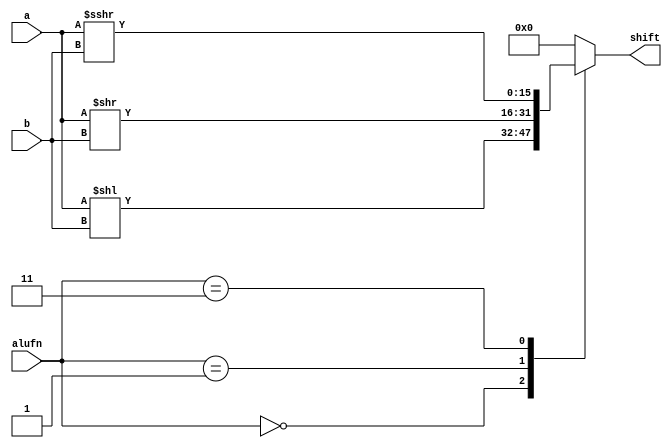
module shiftersixteen_8 (
    input [15:0] a,
    input [3:0] b,
    input [1:0] alufn,
    output reg [15:0] shift
  );
  
  
  
  always @* begin
    
    case (alufn)
      2'h0: begin
        shift = a << b;
      end
      2'h1: begin
        shift = a >> b;
      end
      2'h3: begin
        shift = $signed(a) >>> b;
      end
      default: begin
        shift = 16'h0000;
      end
    endcase
  end
endmodule